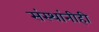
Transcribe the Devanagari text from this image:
संस्थांनीही